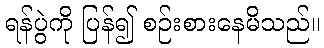
ရန်ပွဲကို ပြန်၍ စဉ်းစားနေမိသည်။